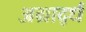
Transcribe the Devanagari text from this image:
अग्रार्द्ध